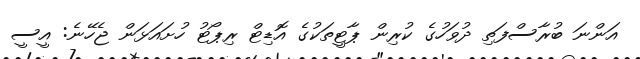
އަންނަ ބުރާސްފަތި ދުވަހުގެ ކުރިން ޕާޓީތަކުގެ އޮޑިޓް ރިޕޯޓު ހުށައަޅަން ޖެހޭނެ: އީސީ